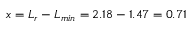
x = L _ { r } - L _ { m i n } = 2 . 1 8 - 1 . 4 7 = 0 . 7 1